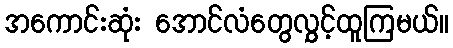
အကောင်းဆုံး အောင်လံတွေလွှင့်ထူကြမယ်။